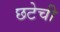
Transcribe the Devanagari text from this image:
छटेची